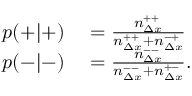
\begin{array} { r l } { p ( + | + ) } & { { } = \frac { n _ { \Delta x } ^ { + + } } { n _ { \Delta x } ^ { + + } + n _ { \Delta x } ^ { - + } } } \\ { p ( - | - ) } & { { } = \frac { n _ { \Delta x } ^ { -- } } { n _ { \Delta x } ^ { -- } + n _ { \Delta x } ^ { + - } } . } \end{array}